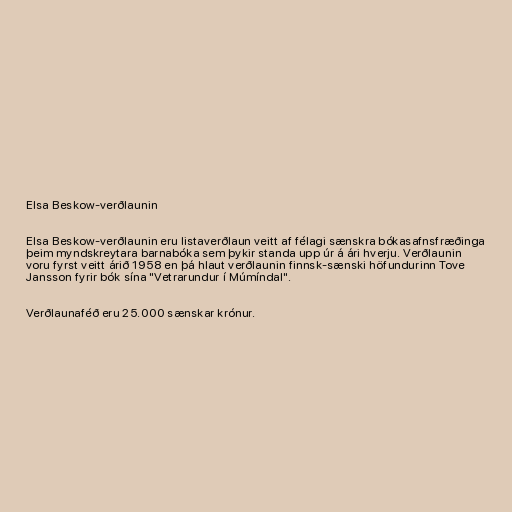
Elsa Beskow-verðlaunin

Elsa Beskow-verðlaunin eru listaverðlaun veitt af félagi sænskra bókasafnsfræðinga
þeim myndskreytara barnabóka sem þykir standa upp úr á ári hverju. Verðlaunin
voru fyrst veitt árið 1958 en þá hlaut verðlaunin finnsk-sænski höfundurinn Tove
Jansson fyrir bók sína "Vetrarundur í Múmíndal".

Verðlaunaféð eru 25.000 sænskar krónur.